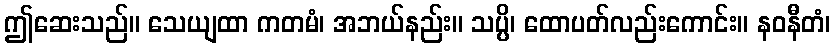
ဤဆေးသည်။ သေယျထာ ကတမံ၊ အဘယ်နည်း။ သပ္ပိ၊ ထောပတ်လည်းကောင်း။ နဝနီတံ၊